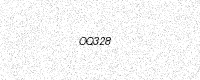
Text: OQ328